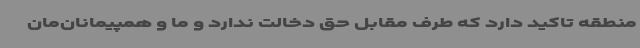
منطقه تاکید دارد که طرف مقابل حق دخالت ندارد و ما و همپیمانان‌مان